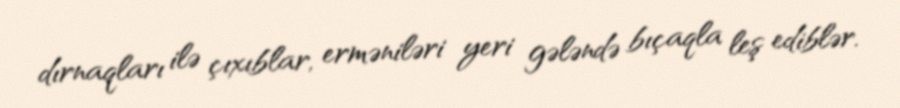
dırnaqları ilə çıxıblar, erməniləri yeri gələndə bıçaqla leş ediblər.